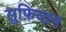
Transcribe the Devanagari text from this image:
सुफ़ियान